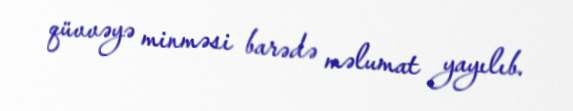
qüvvəyə minməsi barədə məlumat yayılıb.